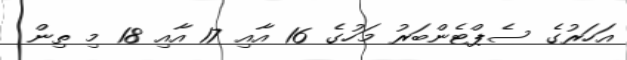
އަހަރުގެ ސެޕްޓެންބަރު މަހުގެ 16 އާއި 17 އާއި 18 މި ތިން